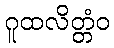
ဂူထလိတ္တံဝ